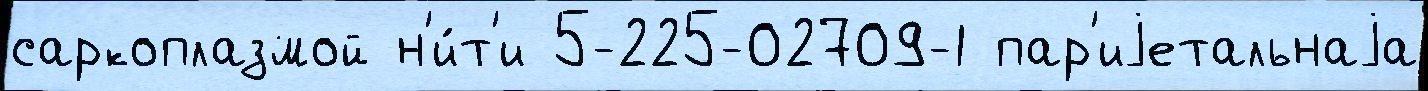
саркоплазмой н'и́т'и 5-225-02709-1 пар'иjетальнаjа